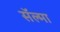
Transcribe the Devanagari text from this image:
सॅल्मा